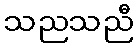
သညသညီ